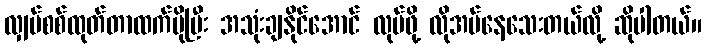
လျှပ်စစ်ထုတ်တာထက်ပိုပြီး အသုံးချနိုင်အောင် လုပ်ဖို့ လိုအပ်နေသေးတယ်လို့ ဆိုပါတယ်။